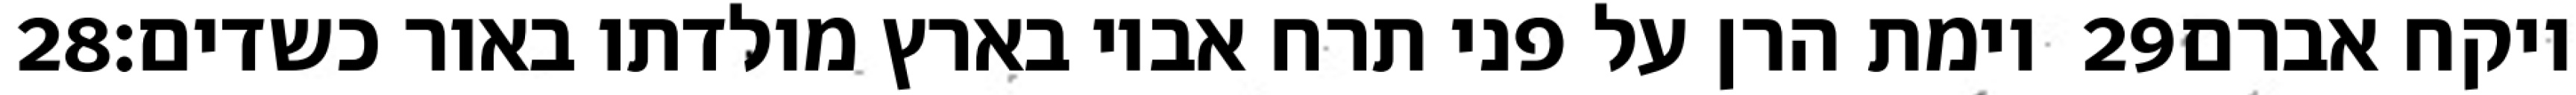
‎28‏ וימת הרן על פני תרח אביו בארץ מולדתו באור כשדים׃ ‎29‏ ויקח אברם